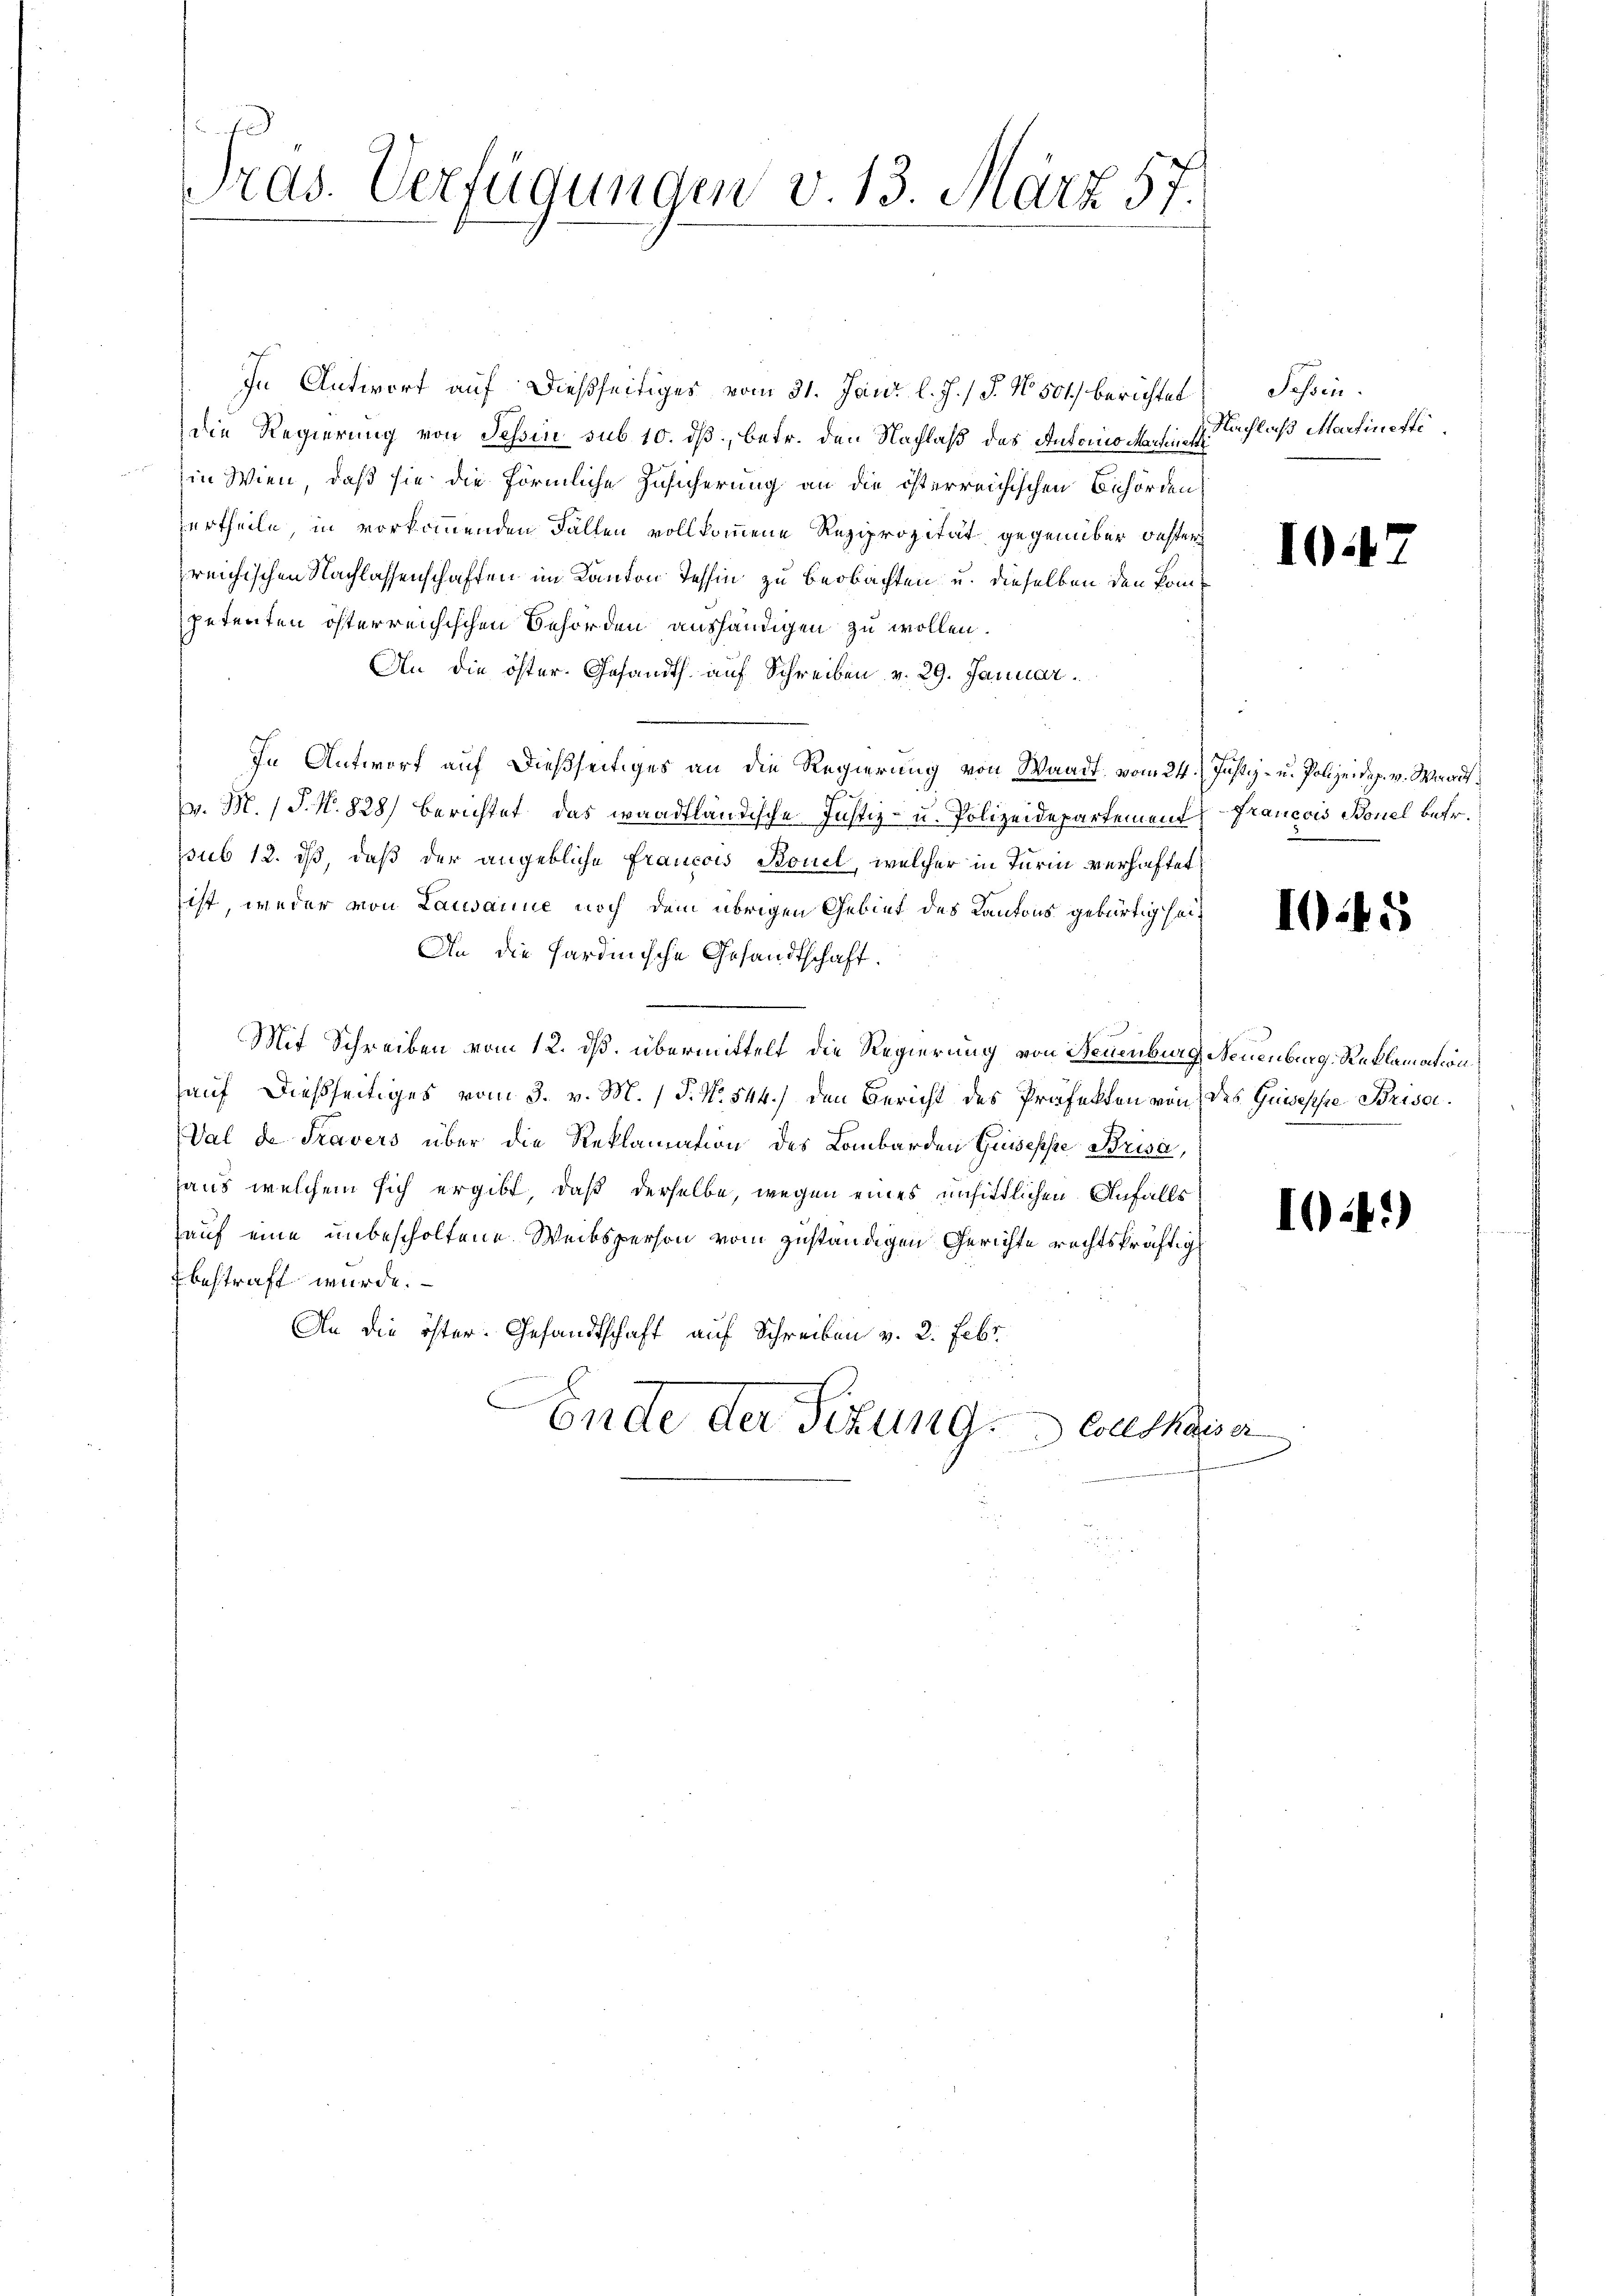
Tras. Verfügungen v. 13. März 57.

In Antwort auf dießseitiges vom 31. Jani l. J. J. No. 501.) berichtet
die Regierung von Tessin sub 10. dß, betr. den Nachlaß des Antoinomen sein schlaß Martinetti
in Wien, daß sie die förmliche Zusicherung an die österreichischen Behörden
ertheile in vorkommenden Fallen vollkommene Reziprozität gegenüber bester
reichischen Nachlassenschaften im Kanton Tessin zu beobachten u. dieselben den kompetenten österreichischen Behörden aushändigen zu wollen.
An die öster. Gesandth auf Schreiben v. 29. Januar.
In Antwort auf dießseitiges an die Regierung von Waadt, vom 24. Justiz- u. Polizeidep. v. Waadt,
v. M. (T. N. 828) berichtet das waadtländische Justiz- u. Polizeidepartement Francois Bonel betr.
psub 12. ds, daß der angebliche Francois Bouel, welcher in Turin verhaftet
ist weder von Lausanne noch dem übrigen Gebiet des Kantons gebürtig sei¬
An die Hardinische Gesandtschaft.
Mit Schreiben vom 12. ds. übermittelt die Regierung von Neuenburg, Neuenburg, Reklamation
hauf dießseitiges vom 3. v. M. / P. No. 544.) den Bericht des Präfekten von des Guisesse Brisa
Val de Travers über die Reklamation des Lombarden Guisepsie Brisa,
laus welchem sich ergibt, daß derselbe, wegen eines unsittlichen Anfalls
hauf eine unbescholtene Weibsperson vom zuständigen Gerichte rechtskräftig
bestraft wurde.
An die öster. Gesandtschaft auf Schreiben v. 2. Febr
Ende der Sitzung. Sollskasser

Schön.

10.4.

I.45

10.4.)